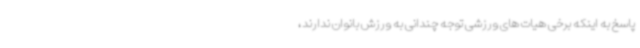
پاسخ به اینکه برخی هیات های ورزشی توجه چندانی به ورزش بانوان ندارند،